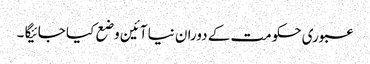
عبوری حکومت کے دوران نیا آئین وضع کیا جائیگا ۔